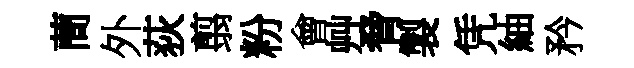
蕳外荻翦粉會艸脅製凭紬矜